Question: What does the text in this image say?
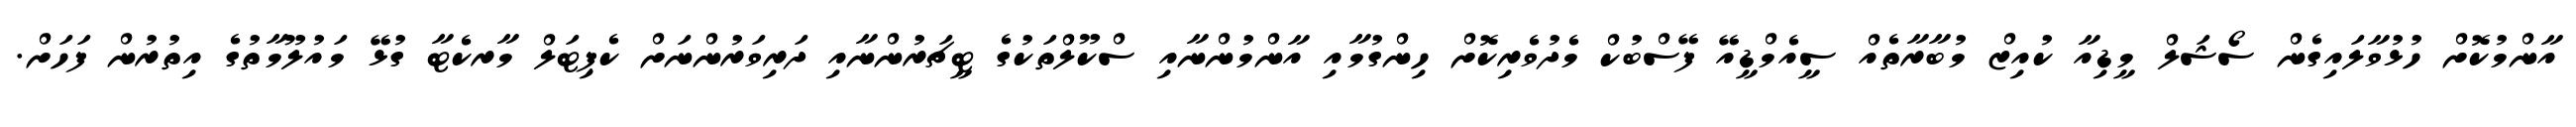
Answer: އާންމުކޮށް ހުޅުވާލައިގެން ސޯޝަލް މީޑިއާ ކުއިޒް މުބާރާތެއް ސީއެމްޑީއޭ ފޭސްބުކް މެދުވެރިކޮށް ހިންގުމާއި އާންމުންނާއި ސްކޫލްތަކުގެ ޓީޗަރުންނާއި ދަރިވަރުންނަށް ކެޕިޓަލް މާރކެޓާ ގުޅޭ މައުލޫމާތުގެ އިތުރުން ފަހަށް.